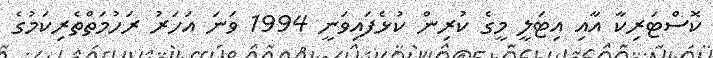
ކޮސްޓަރިކާ އާއި އިޓަލީ މީގެ ކުރިން ކުޅެފައިވަނީ 1994 ވަނަ އަހަރު ރަހުމަތްތެރިކަމުގެ